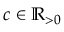
c \in \mathbb { R } _ { > 0 }